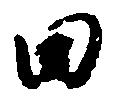
田